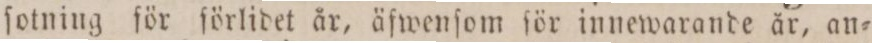
ſotning för förlidet år, äſwenſom för innewarande år, an=